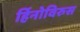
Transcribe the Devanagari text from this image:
र्हिनोविरुस